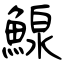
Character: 鰁